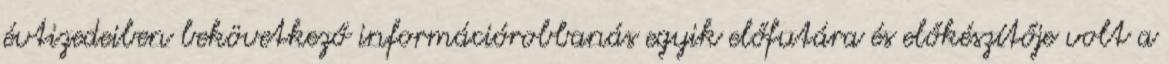
évtizedeiben bekövetkező információrobbanás egyik előfutára és előkészítője volt a